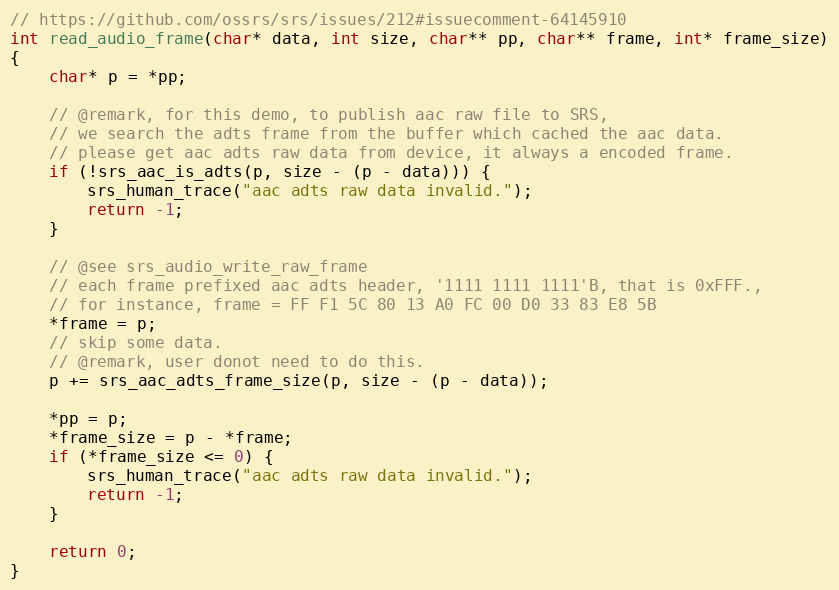
Language: C
// https://github.com/ossrs/srs/issues/212#issuecomment-64145910
int read_audio_frame(char* data, int size, char** pp, char** frame, int* frame_size)
{
    char* p = *pp;

    // @remark, for this demo, to publish aac raw file to SRS,
    // we search the adts frame from the buffer which cached the aac data.
    // please get aac adts raw data from device, it always a encoded frame.
    if (!srs_aac_is_adts(p, size - (p - data))) {
        srs_human_trace("aac adts raw data invalid.");
        return -1;
    }

    // @see srs_audio_write_raw_frame
    // each frame prefixed aac adts header, '1111 1111 1111'B, that is 0xFFF.,
    // for instance, frame = FF F1 5C 80 13 A0 FC 00 D0 33 83 E8 5B
    *frame = p;
    // skip some data.
    // @remark, user donot need to do this.
    p += srs_aac_adts_frame_size(p, size - (p - data));

    *pp = p;
    *frame_size = p - *frame;
    if (*frame_size <= 0) {
        srs_human_trace("aac adts raw data invalid.");
        return -1;
    }

    return 0;
}